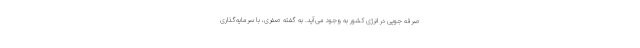
صرفه جویی در انرژی کشور به وجود می‌آید. به گفته صفری، با سرمایه‌گذاری